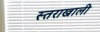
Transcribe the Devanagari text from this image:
स्तराखाली